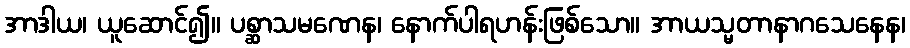
အာဒါယ၊ ယူဆောင်၍။ ပစ္ဆာသမဏေန၊ နောက်ပါရဟန်းဖြစ်သော။ အာယသ္မတာနာဂသေနေန၊